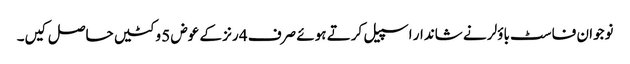
نوجوان فاسٹ باؤلر نے شاندار اسپیل کرتے ہوئے صرف 4 رنز کے عوض 5 وکٹیں حاصل کیں۔